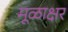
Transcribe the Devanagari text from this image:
मूळाक्षर